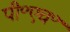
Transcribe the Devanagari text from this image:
पी॰एच॰